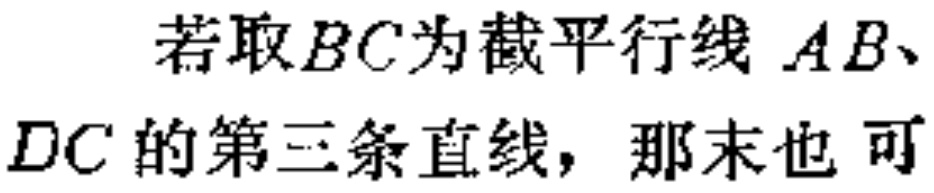
若取$BC$为截平行线$AB$、$DC$的第三条直线，那末也可